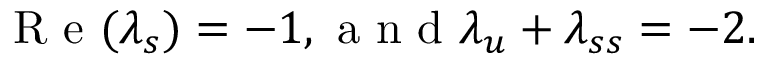
\mathrm { ~ R ~ e ~ } ( \lambda _ { s } ) = - 1 , \mathrm { ~ a ~ n ~ d ~ } \lambda _ { u } + \lambda _ { s s } = - 2 .